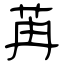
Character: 苒